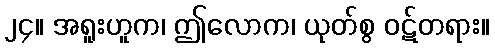
၂၄။ အရူးဟူက၊ ဤလောက၊ ယုတ်စွ ဝဋ်တရား။